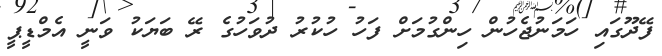
ފޭދޫގައި ހަމަނުޖެހުން ހިންގުމަށް ފަހު ހުކުރު ދުވަހުގެ ރޭ ބަޔަކު ވަނީ އެމްޑީޕީ